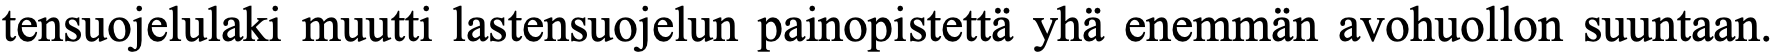
tensuojelulaki muutti lastensuojelun painopistettä yhä enemmän avohuollon suuntaan.